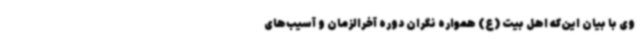
وی با بیان این‌که اهل بیت (ع) همواره نگران دوره آخرالزمان و آسیب‌های